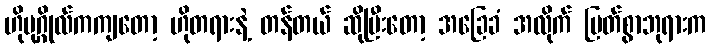
ဟိုပုဂ္ဂိုလ်ကကျတော့ ဟိုတရားနဲ့ တန်တယ် ဆိုပြီးတော့ အခြေခံ အလိုက် မြတ်စွာဘုရားက